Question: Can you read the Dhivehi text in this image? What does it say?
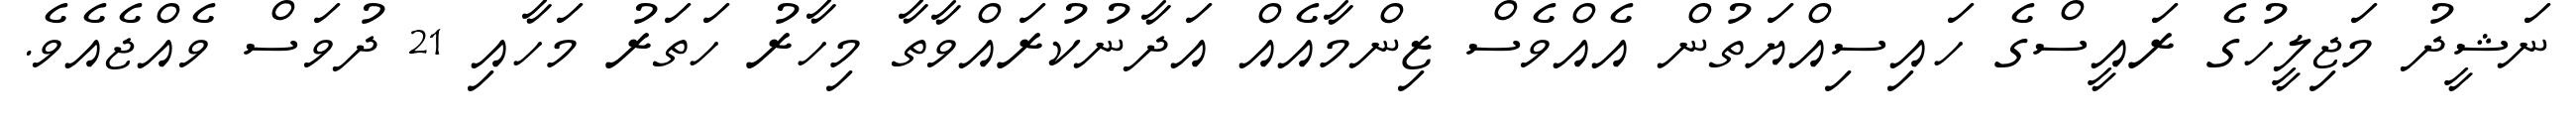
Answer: ނަޝީދު މަޖިލީހުގެ ރައީސްގެ ހައިސިއްޔަތުން އެއްވެސް ޒިންމާއެއް އަދާނުކުރައްވާތާ މިހާރު ހަތަރު މަހާއި 21 ދުވަސް ވެއްޖެއެވެ.